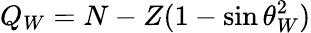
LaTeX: Q_{W}=N-Z(1-\sin\theta_{W}^{2})